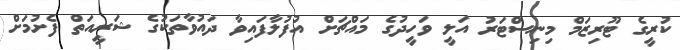
ކުރީގެ ޓޫރިޒަމް މިނިސްޓަރު އަލީ ވަހީދުގެ މައްޗަށް އުފުލާފައިވާ ދައުވާތަކުގެ ޝަރީއަތް ފެށުމަށް